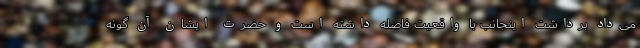
می‌داد برداشت اینجانب با واقعیت فاصله داشته است و حضرت ایشان آن گونه